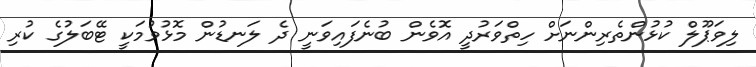
ލިވަޕޫލް ކުޅުންތެރިންނަށް ހިތްވަރުދީ އޮވެން ބުނެފައިވަނީ ދެ ލަނޑުން މޮޅުވުމަކީ ޓޭބަލުގެ ކުރި